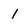
Character: 1